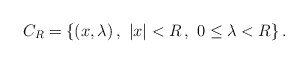
\begin{align*}C_R=\{(x,\lambda)\,,\ |x|<R\,,\ 0\le\lambda<R\}\,.\end{align*}